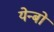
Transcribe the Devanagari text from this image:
येन्बो